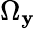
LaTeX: \Omega_{\mathbf{y}}